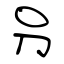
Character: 叧